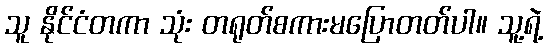
သူ နိုင်ငံတကာ သုံး တရုတ်စကားမပြောတတ်ပါ။ သူ့ရဲ့